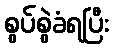
စွပ်စွဲခံရပြီး